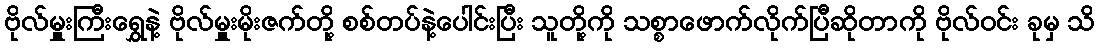
ဗိုလ်မှူးကြီးရွှေနဲ့ ဗိုလ်မှူးမိုးဇက်တို့ စစ်တပ်နဲ့ပေါင်းပြီး သူတို့ကို သစ္စာဖောက်လိုက်ပြီဆိုတာကို ဗိုလ်ဝင်း ခုမှ သိ